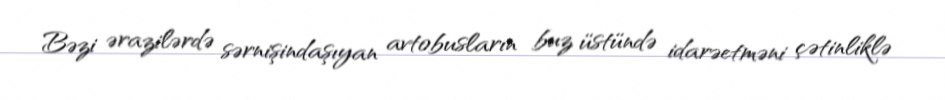
Bəzi ərazilərdə sərnişindaşıyan avtobusların buz üstündə idarəetməni çətinliklə